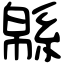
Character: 緜